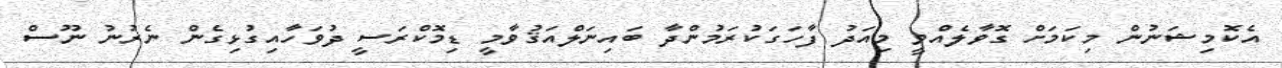
އެކޮމިޝަނުން މިކަމަށް ގޮވާލެއްވީ މިއަދު ފާހަގަކުރަމުންދާ ބައިނަލްއަޤުވާމީ ޑިމޮކްރަސީ ދުވަހާއިގުޅިގެން ނެރުނު ނޫސް